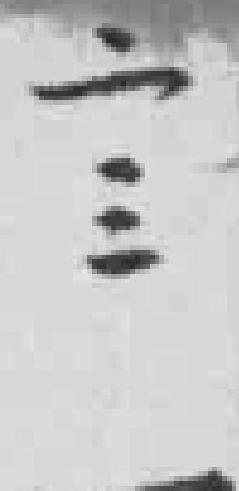
二三